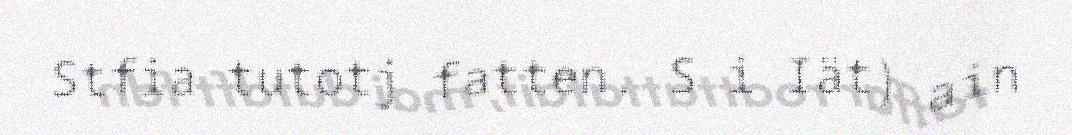
Stfia tutotj fatten. S i Iät) ain